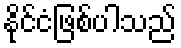
နိုင်ငံဖြစ်ပါသည်